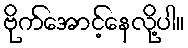
ဗိုက်အောင့်နေလို့ပါ။